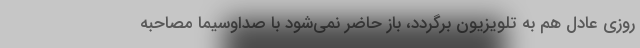
روزی عادل هم به تلویزیون برگردد، باز حاضر نمی‌شود با صداوسیما مصاحبه